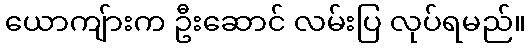
ယောကျ်ားက ဦးဆောင် လမ်းပြ လုပ်ရမည်။